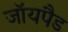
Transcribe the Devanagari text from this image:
जॉयपैड